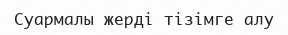
Суармалы жерді тізімге алу